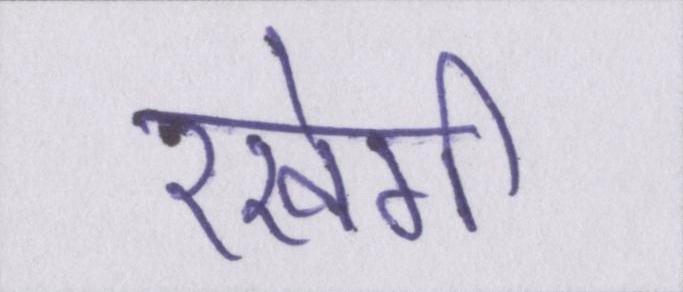
रखेगी